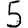
Digit: 5